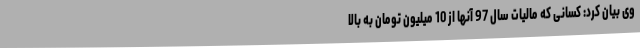
وی بیان کرد: کسانی که مالیات سال 97 آنها از 10 میلیون تومان به بالا